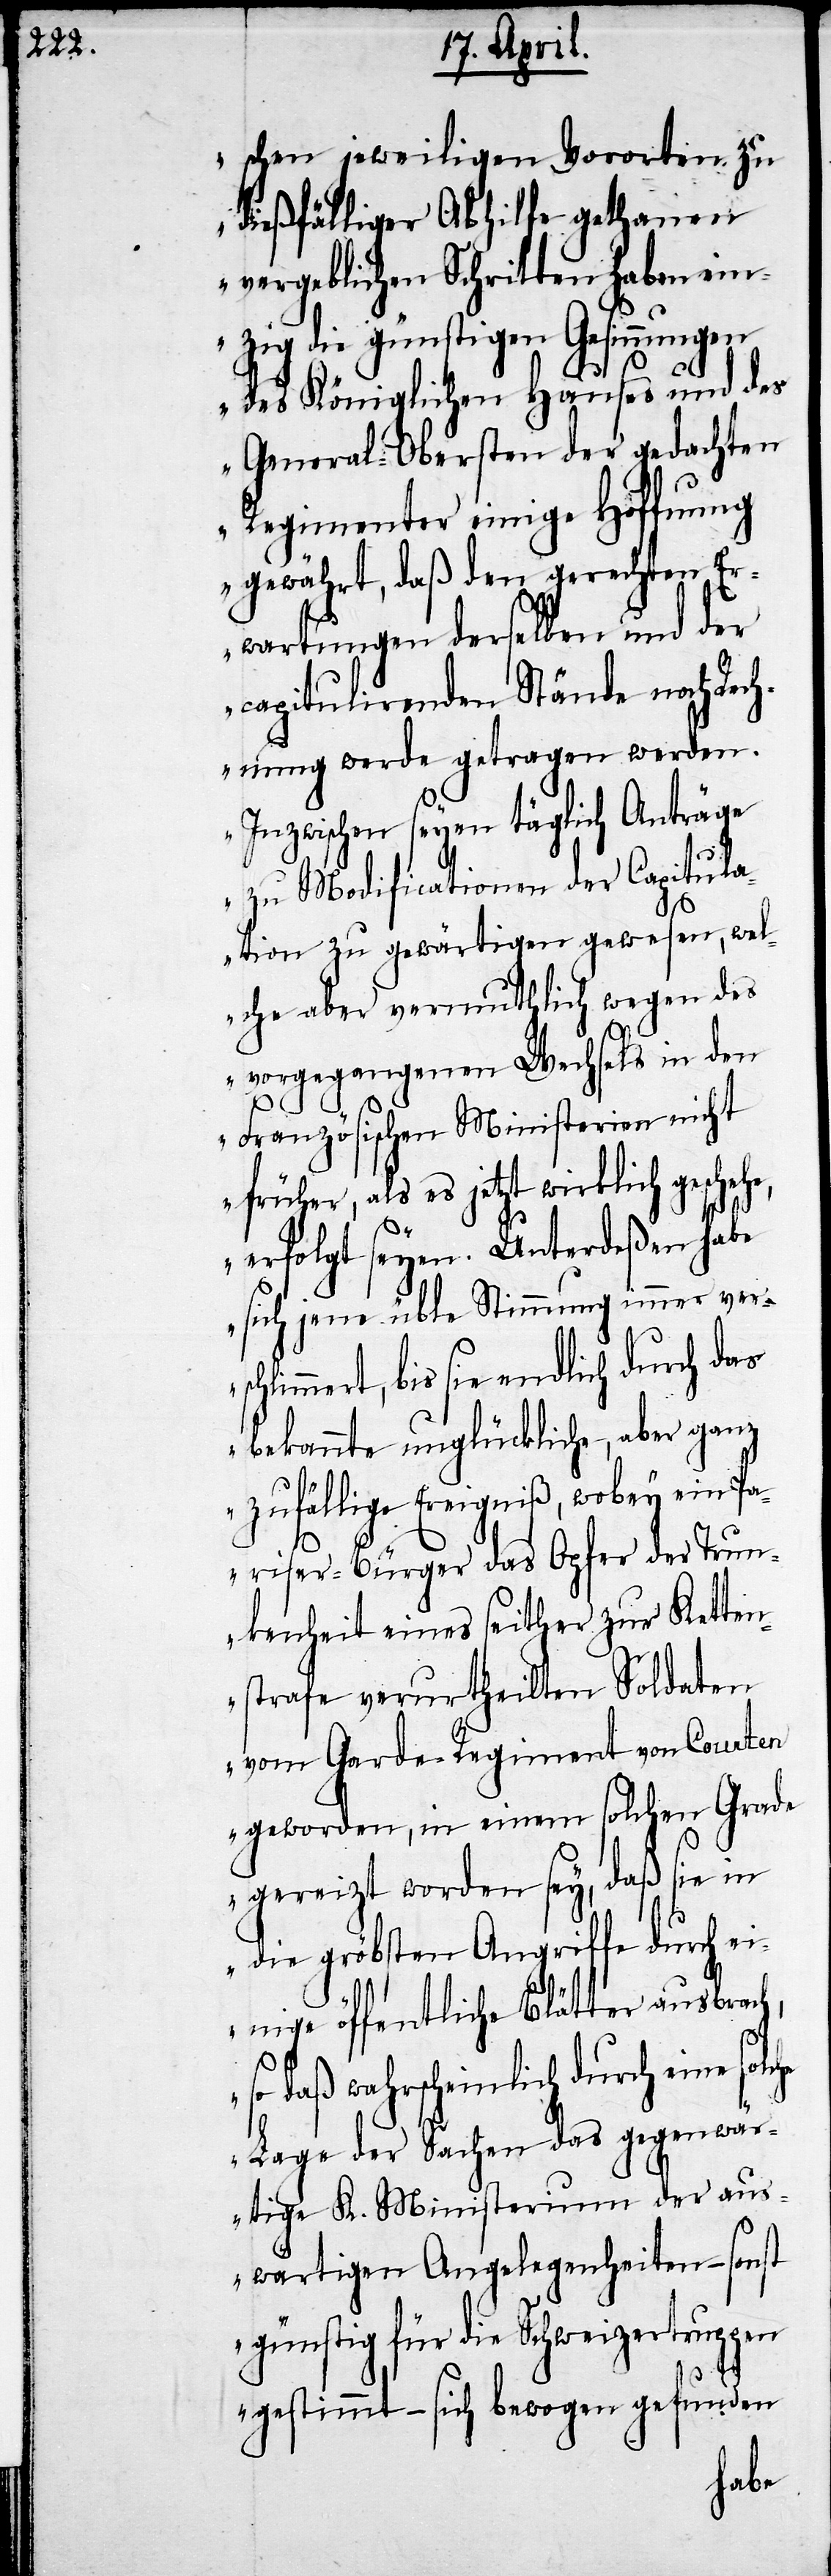
schen jeweiligen Vororten zu
dießfällgier Abhilfe gethanen
vergeblichen Schritten haben ein¬
zig die günstigen Gesinnungen
des Königlichen Hauses und des
General-Obersten der gedachten
Regimenter einige Hoffnung
gewährt, daß den gerechten Er¬
wartungen derselben und der
capitulirenden Stände noch Rech¬
nung werde getragen werden.
Inzwischen seyen täglich Anträge
zu Modificationen der Capitula¬
tion zu gewärtigen gewesen, wel¬
che aber vermuthlich wegen des
vorgegangenen Wechsels in den
Französischen Ministerien nicht
früher, als es jetzt wirklich gesche¬
erfolgt seyen. Unterdeßen habe
sich jene üble Stimmung immer versc¬
hlimmert, bis sie endlich durch das
bekannte unglückliche, aber ganz
zufällige Ereigniß, wobey ein Pa¬
riser-Bürger das Opfer der Trun¬
kenheit eines seither zur Ketten¬
strafe verurtheilten Soldaten
vom Garde-Regiment von Courten
geworden, in einem solchen Grade
gereizt worden sey, daß sie in
die gröbsten Angriffe durch ei¬
nige öffentliche Blätter ausbrach,
so daß wahrscheinlich durch eine
Lage der Sachen das gegenwär¬
tige K. Ministerium der aus¬
wärtigen Angelegenheiten – sonst
günstig für die Schweizertruppen
gestimmt – sich bewogen gefunden
he,